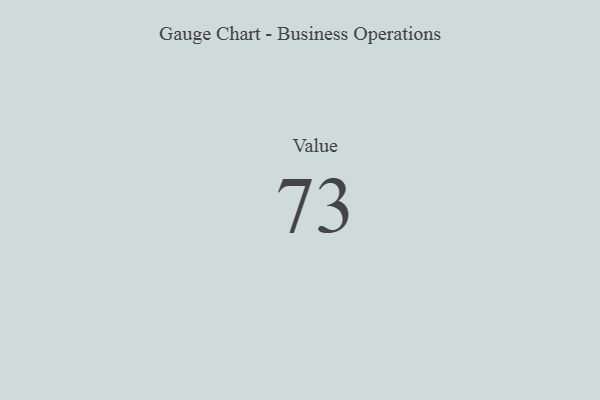
{"axis": {"x": "Metric", "y": "Value"}, "legend": [""], "data": [{"x": "Value", "y": 73, "type": ""}]}